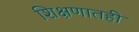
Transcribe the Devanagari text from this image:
शिक्षणातही